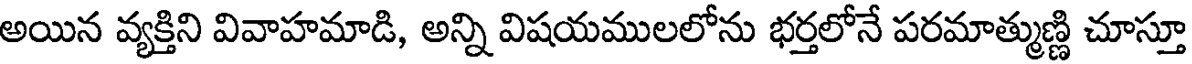
అయిన వ్యక్తిని వివాహమాడి, అన్ని విషయములలోను భర్తలోనే పరమాత్ముణ్ణి చూస్తూ